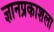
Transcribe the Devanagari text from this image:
ज्ञानप्रकाशला